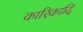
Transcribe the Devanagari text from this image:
कारिकादि